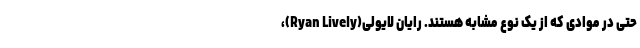
حتی در موادی که از یک نوع مشابه هستند. رایان لایولی(Ryan Lively)،